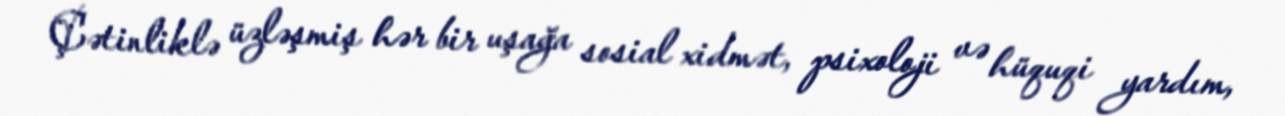
Çətinliklə üzləşmiş hər bir uşağa sosial xidmət, psixoloji və hüquqi yardım,